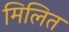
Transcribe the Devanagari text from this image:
मिलित